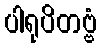
ပါရုပိတဗ္ဗံ